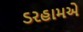
ડરહામએ